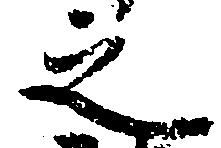
之